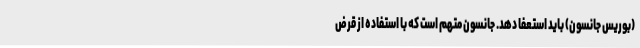
(بوریس جانسون) باید استعفا دهد. جانسون متهم است که با استفاده از قرض